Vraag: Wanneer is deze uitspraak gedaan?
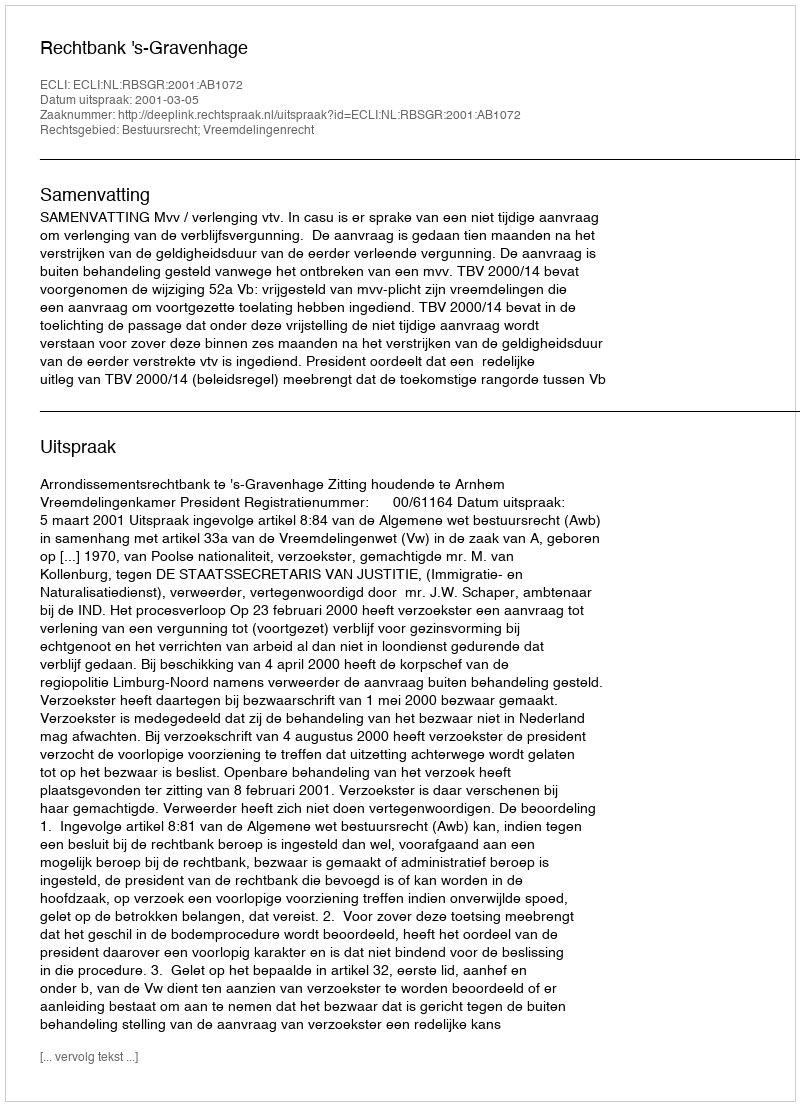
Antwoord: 2001-03-05